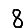
Digit: 8